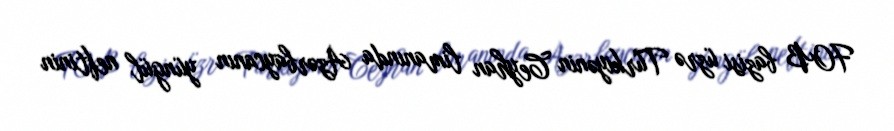
FOB bazisi üzrə Türkiyənin Ceyhan limanında Azərbaycanın yüngül neftinin